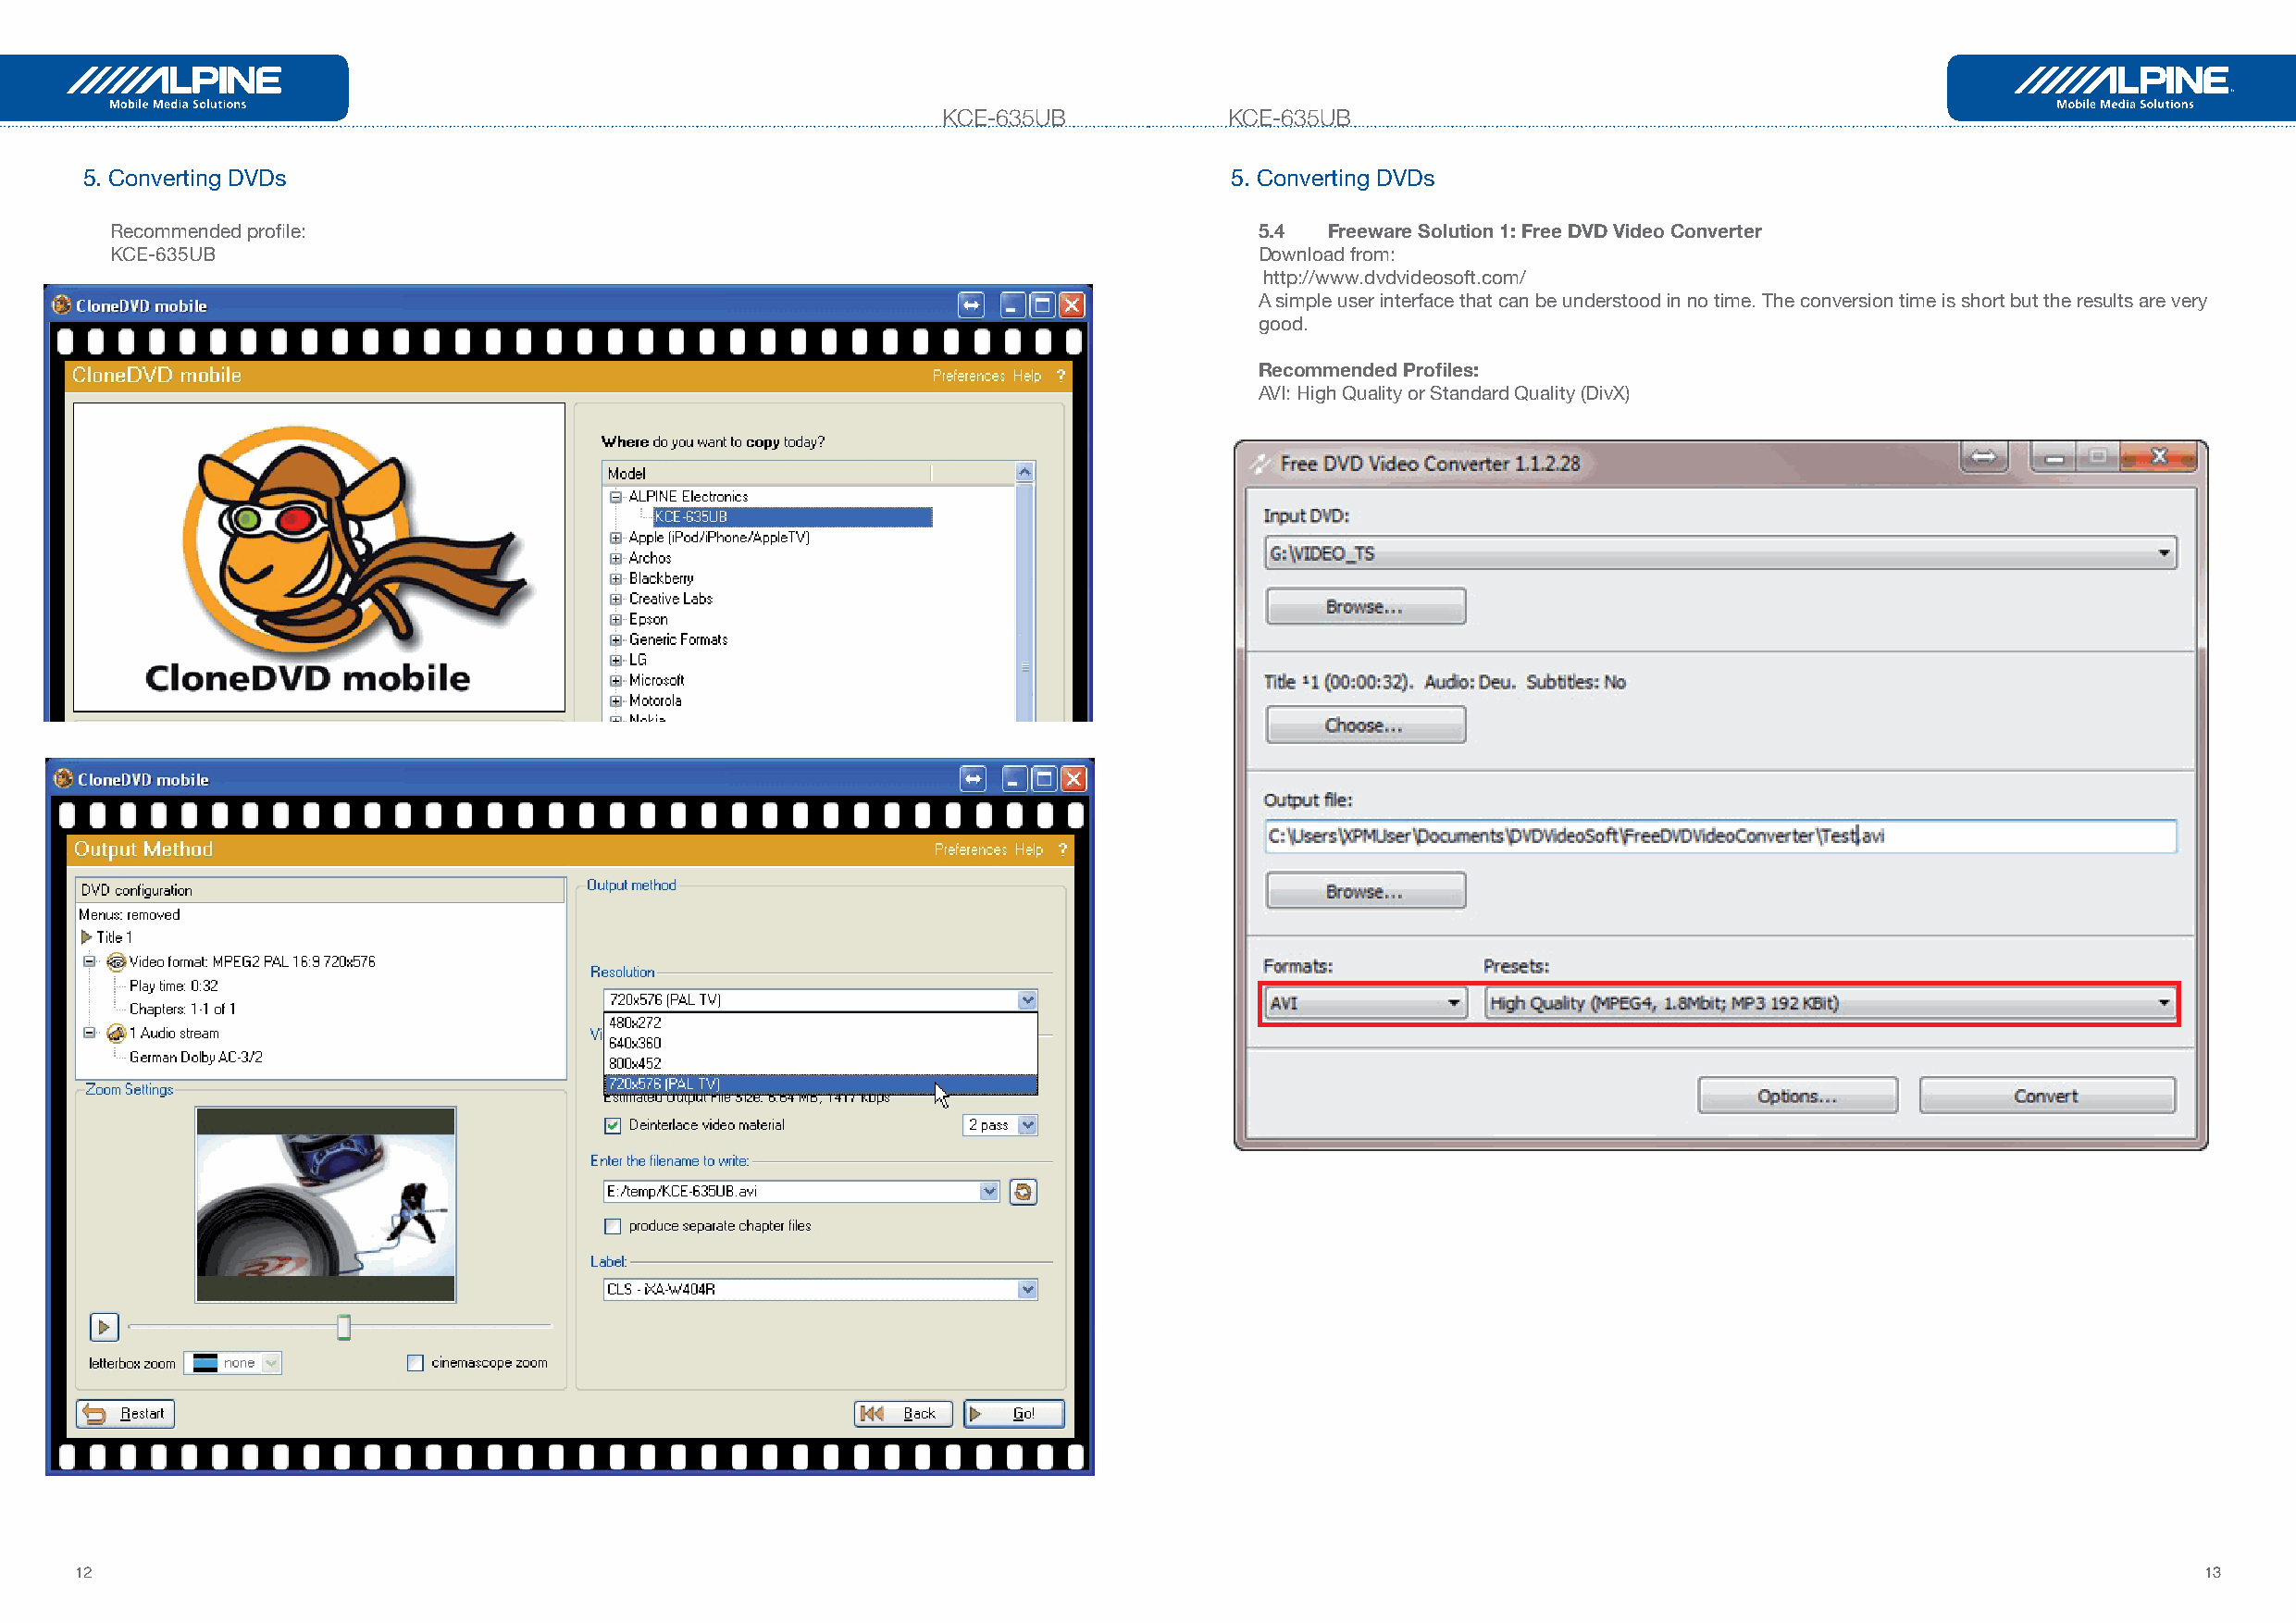
KCE-635UB            KCE-635UB
 5. Converting DVDs                                                                5. Converting DVDs
 Recommended profile:                                                              5.4  Freeware Solution 1: Free DVD Video Converter
 KCE-635UB                                                                         Download from:
 http://www.dvdvideosoft.com/
 A simple user interface that can be understood in no time. The conversion time is short but the results are very
 good.
 Recommended Profiles:
 AVI: High Quality or Standard Quality (DivX)
 3.1.3 Zune
 12                                                                                                                                                       13